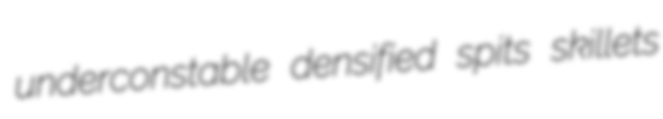
underconstable densified spits skillets